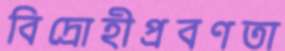
বিদ্রোহীপ্রবণতা